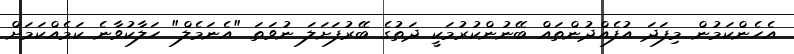
އެހެންކަމުން މިފަދަ އުފެއްދުންތައް ބޭނުންކުރުމަކީ ދަތުގެ ބޭރުފަށަލަ ނުވަތަ "އެނަމެލް" ހަލާކުވާނެ ކަމެއްކަމަށް